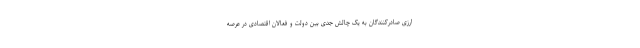
ارزی صادرکنندگان به یک چالش جدی بین دولت و فعالان اقتصادی در عرصه